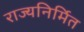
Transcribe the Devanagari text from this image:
राज्यनिर्मित